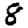
Digit: 8